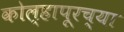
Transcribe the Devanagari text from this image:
कोल्हापूरच्‍या